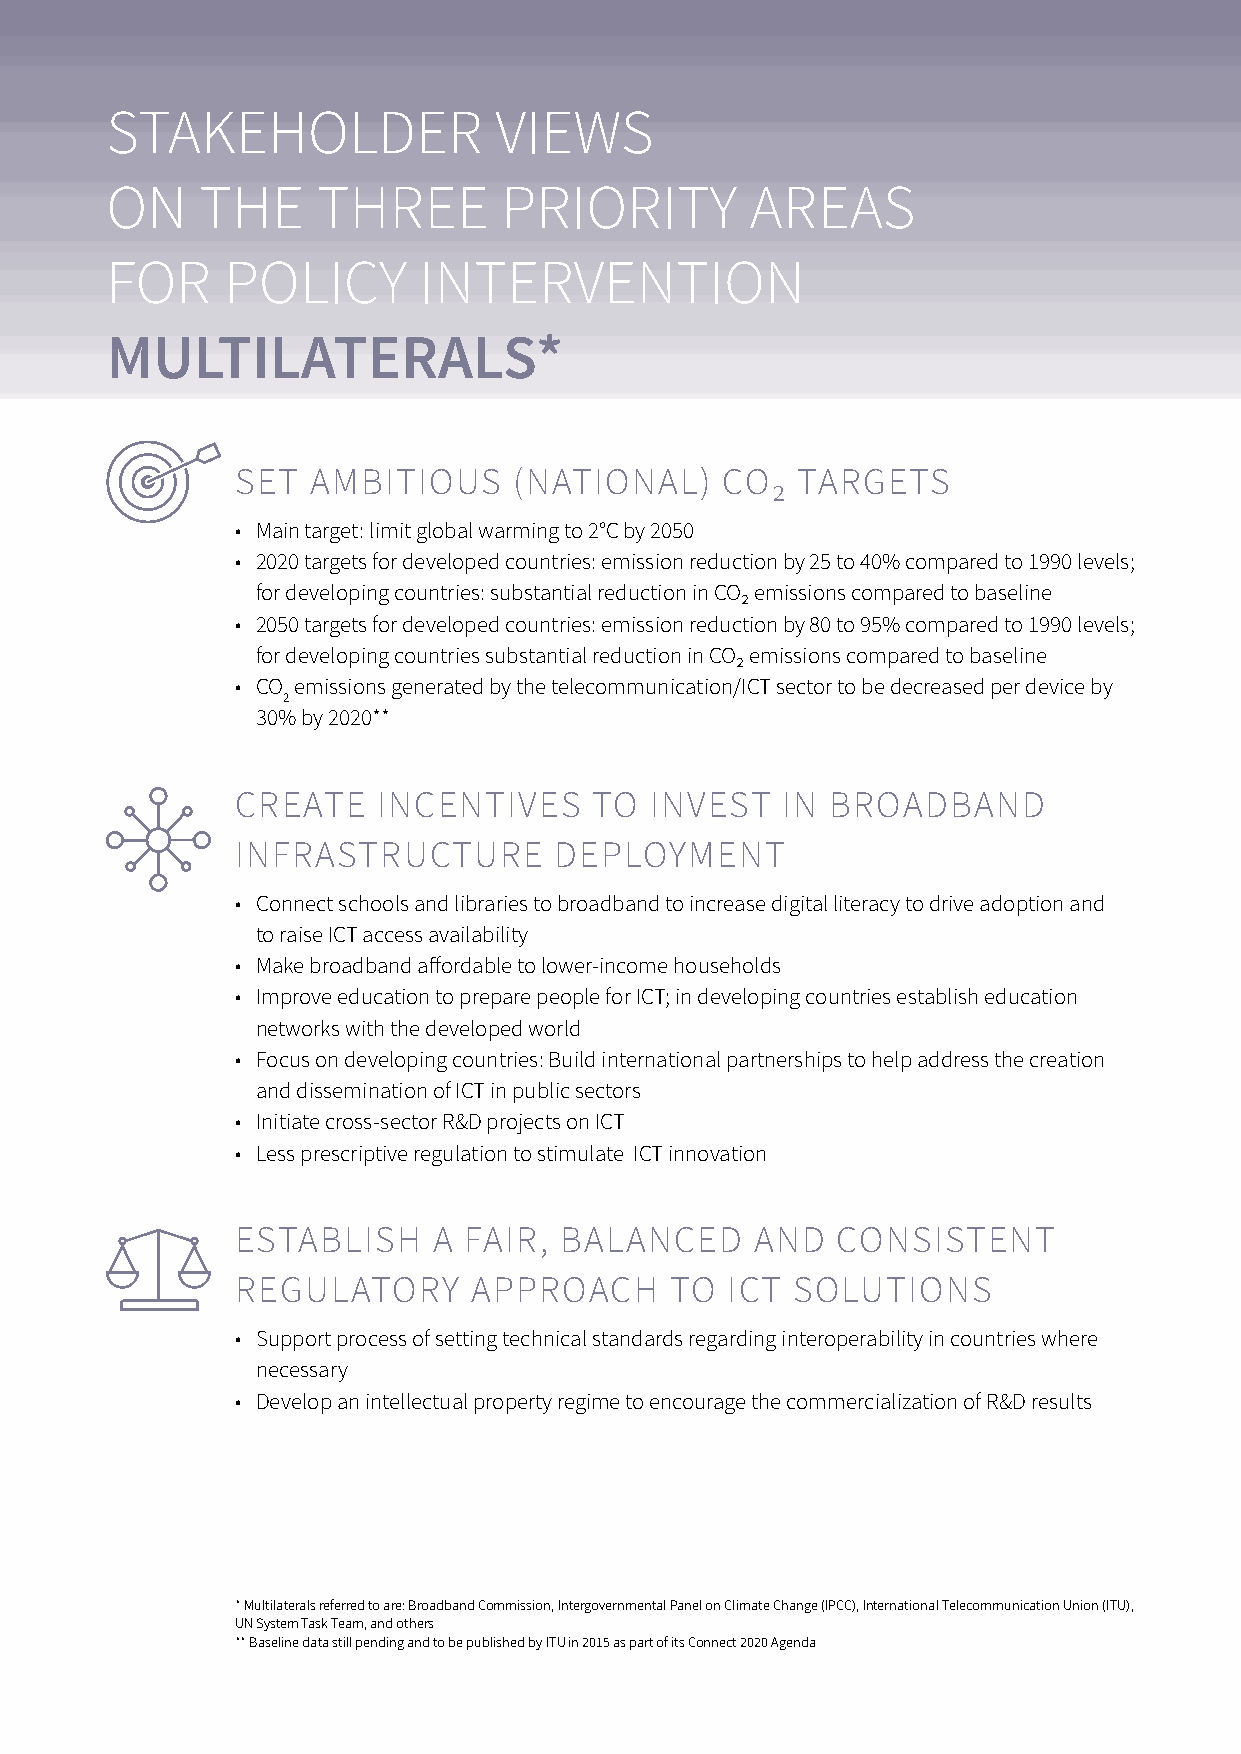
STAkeholdeR               viewS
 oN    The     ThRee       pRioRiTy         AReAS
 foR     policy       iNTeRveNTioN
 MuLTILATERALS*
 SeT AMbiTiou    S (NATioNAl)   co₂  TARGeTS
 • Main target: limit global warming to 2°c by 2050
 • 2020 targets for developed countries: emission reduction by 25 to 40% compared to 1990 levels;
 for developing countries: substantial reduction in co₂ emissions compared to baseline
 • 2050 targets for developed countries: emission reduction by 80 to 95% compared to 1990 levels;
 for developing countries substantial reduction in co₂ emissions compared to baseline
 • co emissions generated by the telecommunication/icT sector to be decreased per device by
 2
 30% by 2020**
 cReATe  iNceNTiveS    T  o iNveST  iN bRo   AdbANd
 iNfRASTRuc    TuRe  deployMeNT
 • connect schools and libraries to broadband to increase digital literacy to drive adoption and
 to raise icT access availability
 • Make broadband affordable to lower-income households
 • improve education to prepare people for icT; in developing countries establish education
 networks with the developed world
 • focus on developing countries: build international partnerships to help address the creation
 and dissemination of icT in public sectors
 • initiate cross-sector R&d projects on icT
 • less prescriptive regulation to stimulate icT innovation
 eSTAbliSh   A f AiR, bAl ANced    ANd  coNSiSTeNT
 ReGul  AToRy   AppRo   Ach  To  icT SoluTioNS
 • Support process of setting technical standards regarding interoperability in countries where
 necessary
 • develop an intellectual property regime to encourage the commercialization of R&d results
 * Multilaterals referred to are: broadband commission, intergovernmental panel on climate change (ipcc), international Telecommunication union (iTu),
 uN System Task Team, and others
 ** baseline data still pending and to be published by iTu in 2015 as part of its connect 2020 Agenda